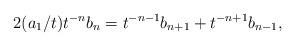
LaTeX: \begin{align*}2 (a_1/t)t^{-n}b_n = t^{-n-1}b_{n+1}+t^{-n+1}b_{n-1}, \end{align*}